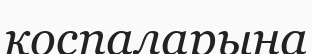
қоспаларына